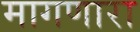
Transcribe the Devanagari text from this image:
मागणारा